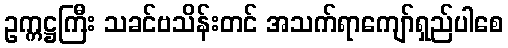
ဥက္ကဋ္ဌကြီး သခင်ဗသိန်းတင် အသက်ရာကျော်ရှည်ပါစေ